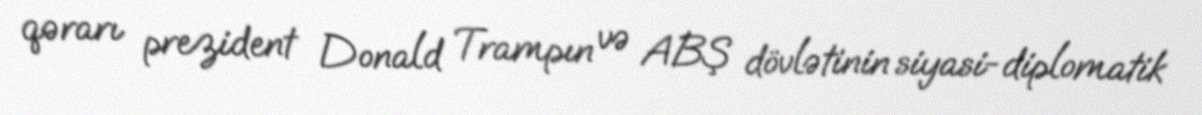
qərarı prezident Donald Trampın və ABŞ dövlətinin siyasi-diplomatik